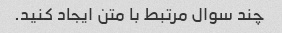
چند سوال مرتبط با متن ایجاد کنید.